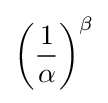
\left({\frac {1}{\alpha }}\right)^{\beta }